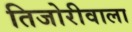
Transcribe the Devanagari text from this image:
तिजोरीवाला